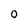
Character: o